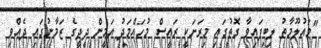
"މައުލޫމާތު ލިބިފައިވާ ގޮތުގައި މިރަށަކީ ރައީސް މުހައްމަދު އަމީން ދީދީގެ ޒަމާނުގައި ދެއްވި